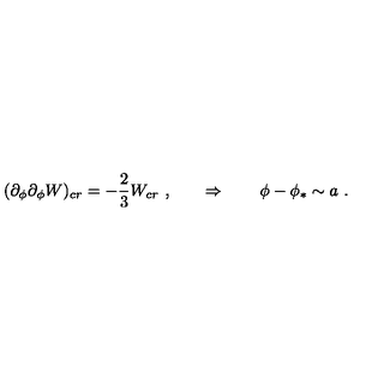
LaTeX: ( \partial _ { \phi } \partial _ { \phi } W ) _ { c r } = - { \frac { 2 } { 3 } } W _ { c r } \ , \qquad \Rightarrow \qquad \phi - \phi _ { * } \sim a \ .